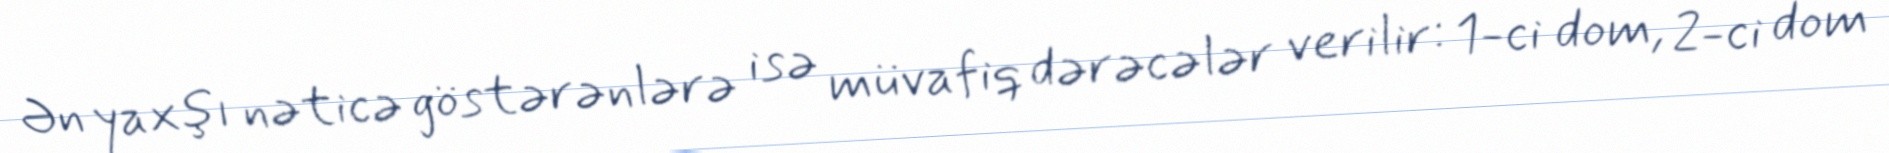
Ən yaxşı nəticə göstərənlərə isə müvafiq dərəcələr verilir: 1-ci dom, 2-ci dom